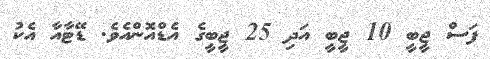
ފަސް ޖީބީ 10 ޖީބީ އަދި 25 ޖީބީގެ އެޑްއޮންއެވެ. ޑޭޓާއާ އެކު